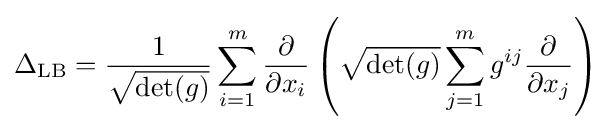
\Delta _{\mathrm {LB} }={\frac {1}{\sqrt {\det(g)}}}\sum _{i=1}^{m}{\frac {\partial }{\partial x_{i}}}\left({\sqrt {\det(g)}}\sum _{j=1}^{m}g^{ij}{\frac {\partial }{\partial x_{j}}}\right)